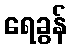
ရေခွန်